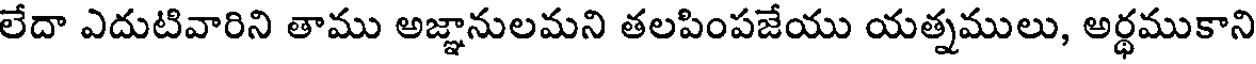
లేదా ఎదుటివారిని తాము అజ్ఞానులమని తలపింపజేయు యత్నములు, అర్థముకాని